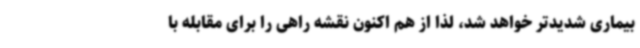
بیماری شدیدتر خواهد شد، لذا از هم اکنون نقشه راهی را برای مقابله با